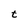
Character: t